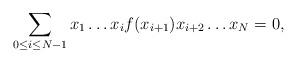
LaTeX: \begin{align*} \sum_{0\leq i \leq N-1} x_1 \ldots x_i f(x_{i+1})x_{i+2} \ldots x_{N}=0 ,\end{align*}